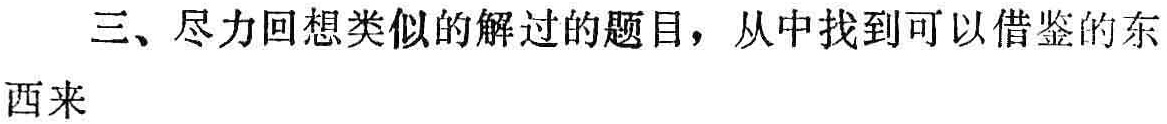
三、尽力回想类似的解过的题目，从中找到可以借鉴的东西来